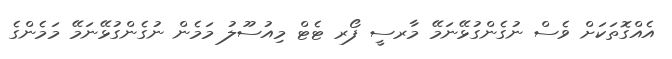
އެއްގޮތަކަށް ވެސް ނުގެންގުޅޭނަމޭ މާރސީ ފޯރ ޓެޓް މިއުސޫލު މަމެން ނުގެންގުޅޭނަމޭ މަމެންގެ